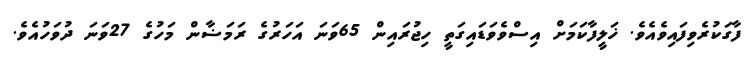
ފާގަކުރެވިފައިވެއެވެ. ޚަލީފާކަމަށް އިސްވެވަޑައިގަތީ ހިޖުރައިން 65ވަނަ އަހަރުގެ ރަމަޟާން މަހުގެ 27ވަނަ ދުވަހުއެވެ.